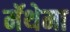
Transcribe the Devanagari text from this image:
मॅथेमा